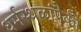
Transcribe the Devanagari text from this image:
धर्मस्थळांपैकी